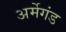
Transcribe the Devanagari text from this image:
अर्मेगंड